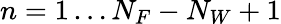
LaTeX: n=1\dots N_{F}-N_{W}+1